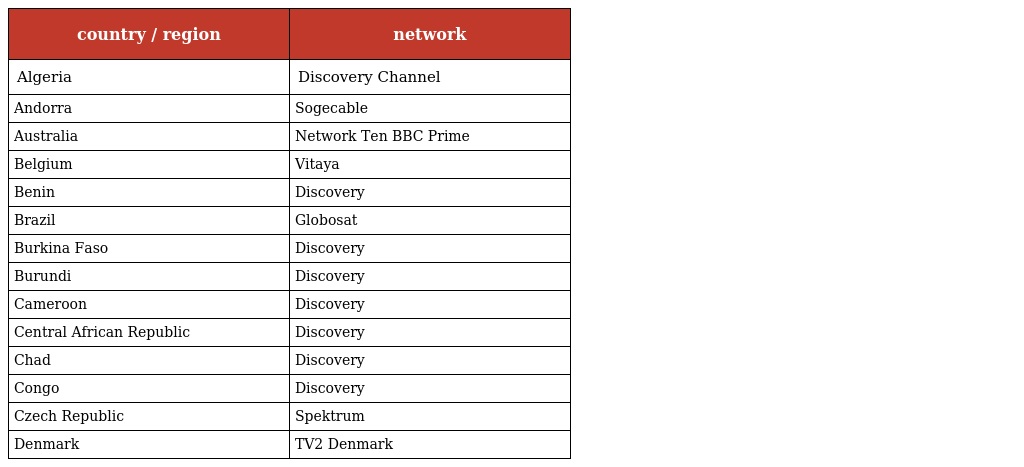
| country / region | network |
 | --- | --- |
 | Algeria | Discovery Channel |
 | Andorra | Sogecable |
 | Australia | Network Ten BBC Prime |
 | Belgium | Vitaya |
 | Benin | Discovery |
 | Brazil | Globosat |
 | Burkina Faso | Discovery |
 | Burundi | Discovery |
 | Cameroon | Discovery |
 | Central African Republic | Discovery |
 | Chad | Discovery |
 | Congo | Discovery |
 | Czech Republic | Spektrum |
 | Denmark | TV2 Denmark |